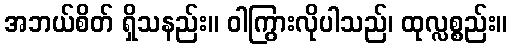
အဘယ်စိတ် ရှိသနည်း။ ဝါကြွားလိုပါသည်၊ ထုလ္လစ္စည်း။